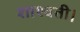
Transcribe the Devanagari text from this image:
शाश्वती।